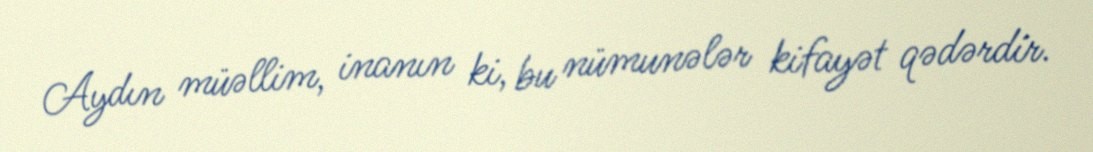
Aydın müəllim, inanın ki, bu nümunələr kifayət qədərdir.